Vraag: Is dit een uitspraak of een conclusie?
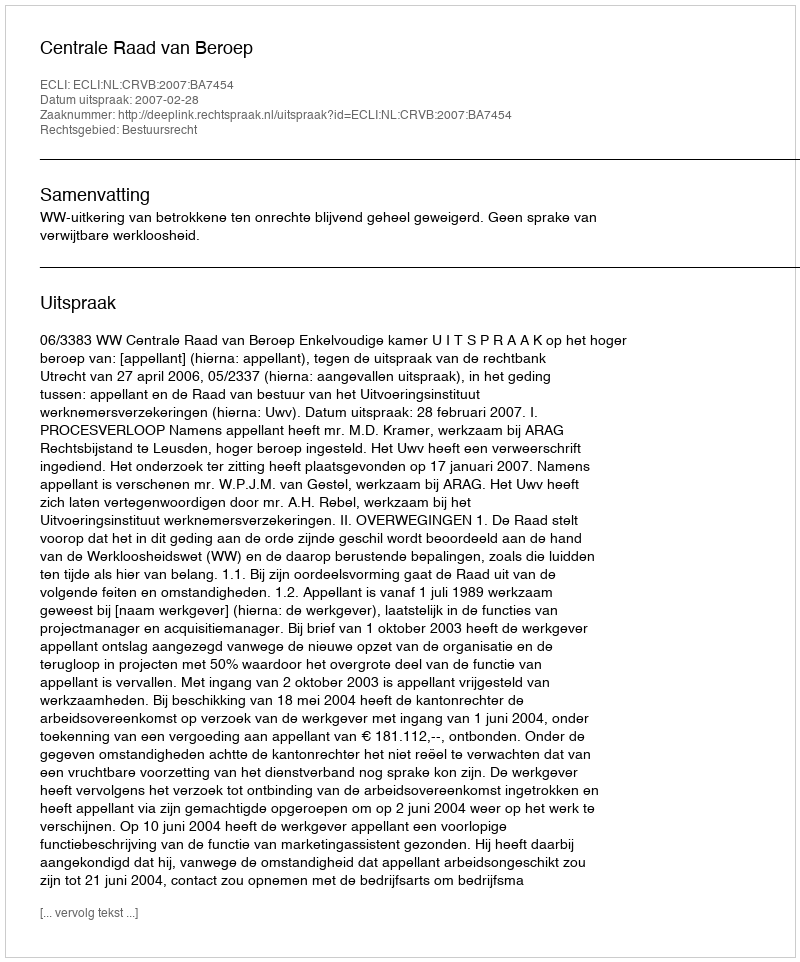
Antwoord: Uitspraak